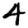
Digit: 4